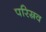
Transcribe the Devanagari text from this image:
परिस्रव